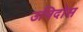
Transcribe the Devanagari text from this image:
उनिदोस